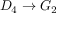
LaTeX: D _ { 4 } \to G _ { 2 }